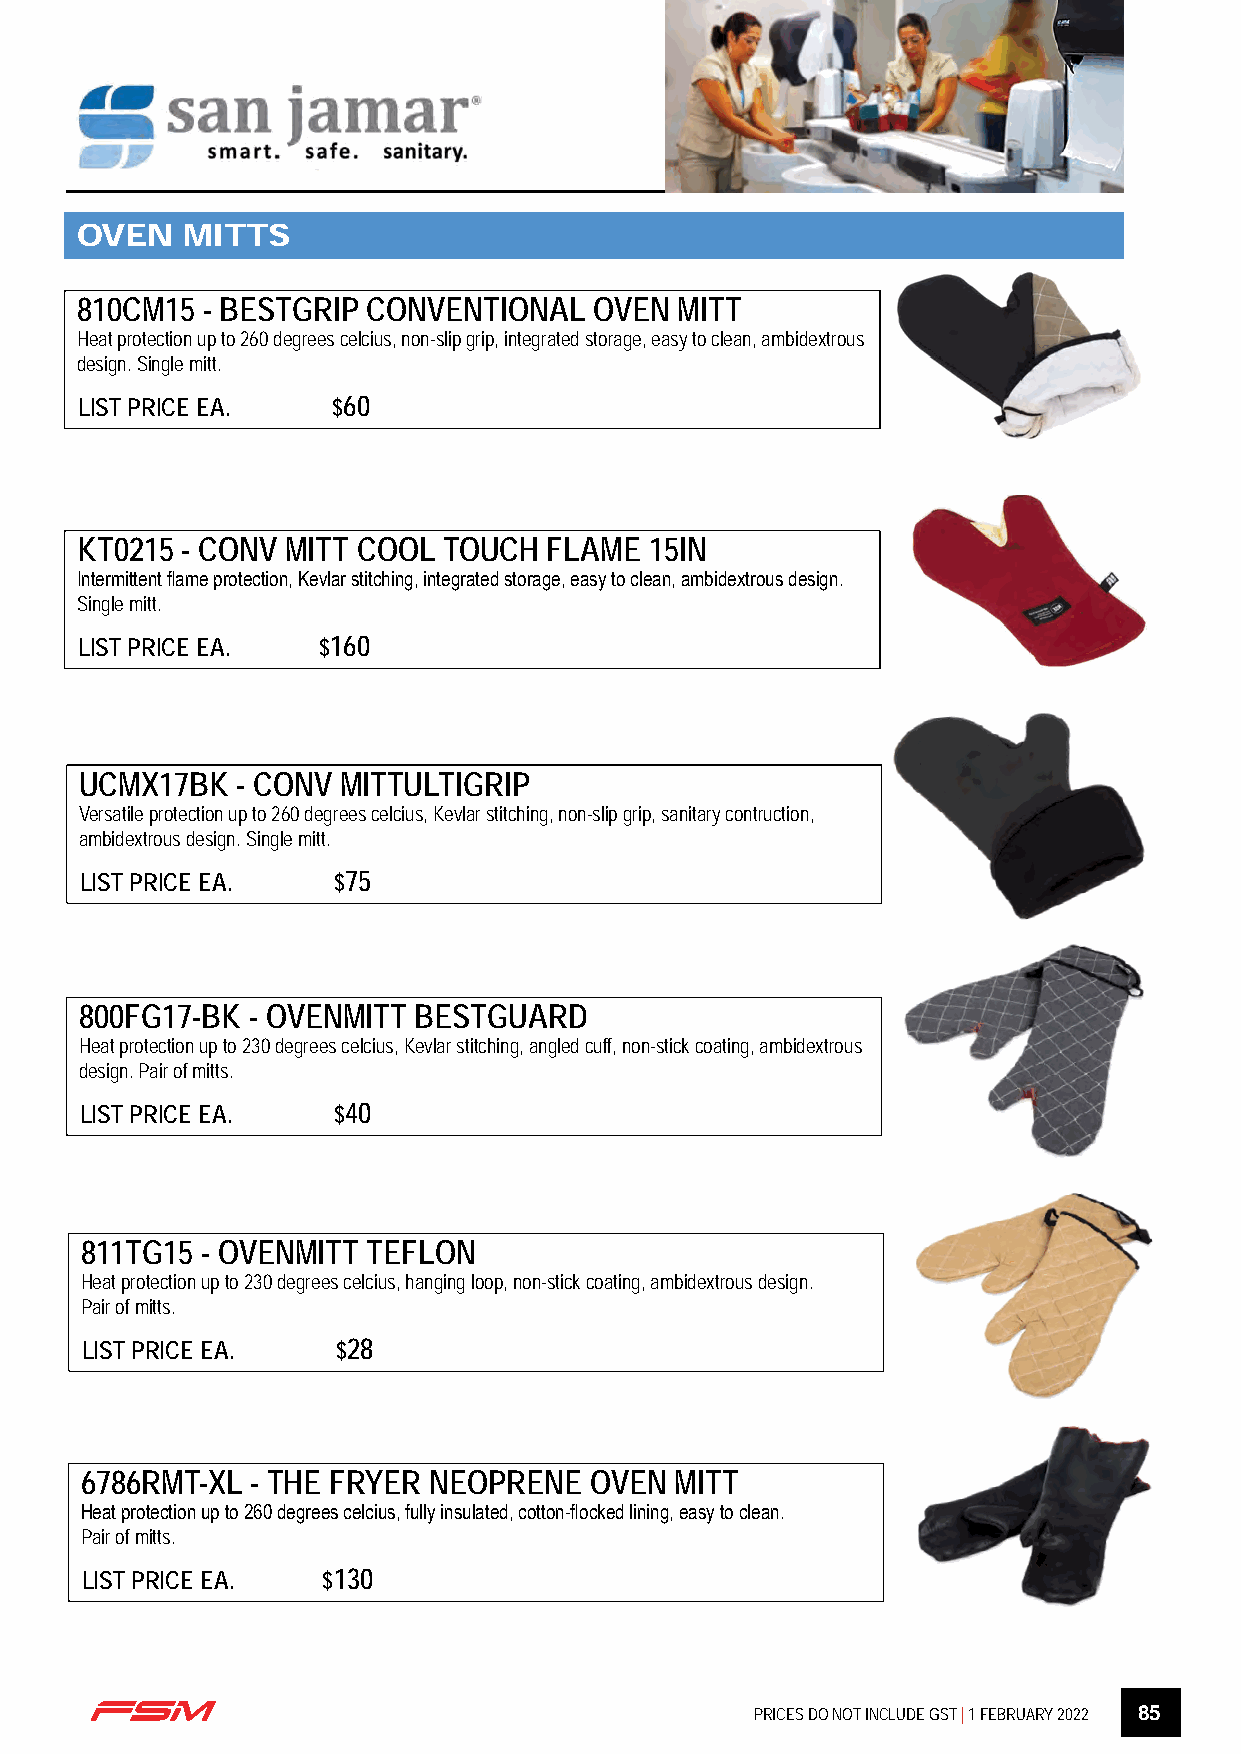
OVEN   MITTS
 810CM15 - BESTGRIP CONVENTIONAL   OVEN  MITT
 Heat protection up to 260 degrees celcius, non-slip grip, integrated storage, easy to clean, ambidextrous
 design. Single mitt.
 LIST PRICE EA.   $60
 KT0215 - CONV MITT COOL TOUCH  FLAME  15IN
 Intermittent flame protection, Kevlar stitching, integrated storage, easy to clean, ambidextrous design.
 Single mitt.
 LIST PRICE EA.  $160
 UCMX17BK   - CONV MITTULTIGRIP
 Versatile protection up to 260 degrees celcius, Kevlar stitching, non-slip grip, sanitary contruction,
 ambidextrous design. Single mitt.
 LIST PRICE EA.   $75
 800FG17-BK  - OVENMITT BESTGUARD
 Heat protection up to 230 degrees celcius, Kevlar stitching, angled cuff, non-stick coating, ambidextrous
 design. Pair of mitts.
 LIST PRICE EA.   $40
 811TG15 - OVENMITT TEFLON
 Heat protection up to 230 degrees celcius, hanging loop, non-stick coating, ambidextrous design.
 Pair of mitts.
 LIST PRICE EA.   $28
 6786RMT-XL  - THE FRYER NEOPRENE  OVEN  MITT
 Heat protection up to 260 degrees celcius, fully insulated, cotton-flocked lining, easy to clean.
 Pair of mitts.
 LIST PRICE EA.  $130
 PRICES DO NOT INCLUDE GST | 1 FEBRUARY 2022 85